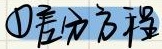
\textcircled{1}立方方程